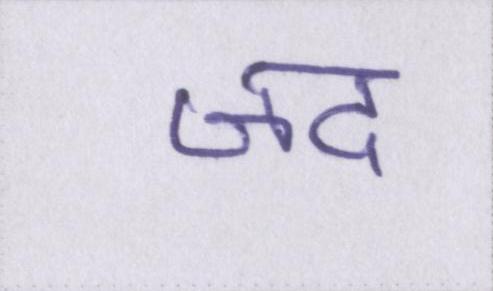
जद